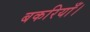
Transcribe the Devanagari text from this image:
बकरियाँ।